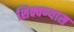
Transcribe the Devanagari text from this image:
शिक्वण्यास